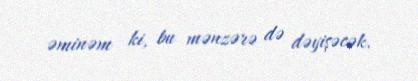
əminəm ki, bu mənzərə də dəyişəcək.